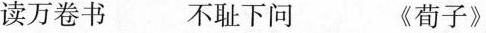
读万卷书 不耻下问 《荀子》